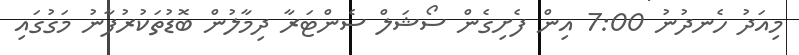
މިއަދު ހެނދުނު 7:00 އިން ފެށިގެން ސޯޝަލް ސެންޓަރާ ދިމާލުން ބޮޑުތަކުރުފާނު މަގުގައި